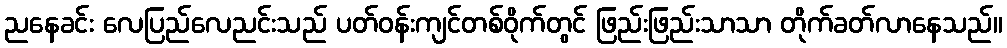
ညနေခင်း လေပြည်လေညင်းသည် ပတ်ဝန်းကျင်တစ်ဝိုက်တွင် ဖြည်းဖြည်းသာသာ တိုက်ခတ်လာနေသည်။